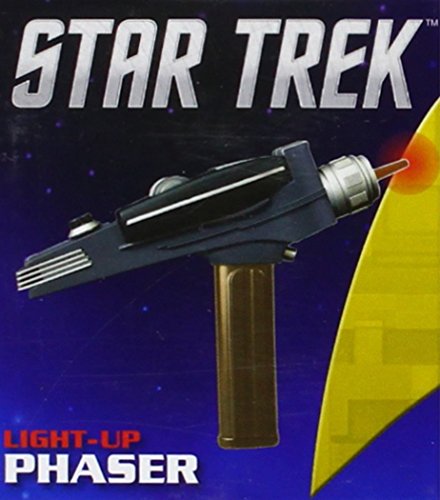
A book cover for Star Trek: Light-Up Phaser (Mega Mini Kits); Humor & Entertainment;